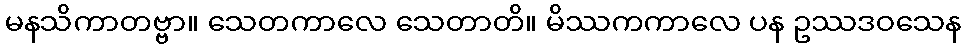
မနသိကာတဗ္ဗာ။ သေတကာလေ သေတာတိ။ မိဿကကာလေ ပန ဥဿဒဝသေန